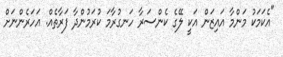
"އެކަމަކު މަންމާ އައިޒަން އަކީ ލޭގެ ކެންސަރާ ހަނގުރާމަ ކުރަމުންދާ ފަރާތެއް. އަހަރެންނަށް